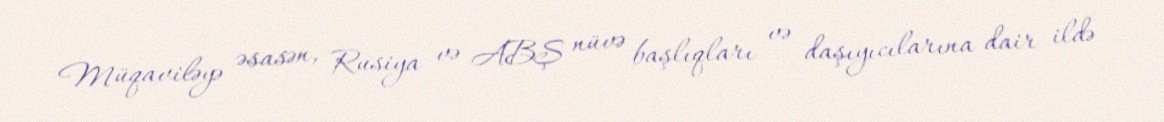
Müqaviləyə əsasən, Rusiya və ABŞ nüvə başlıqları və daşıyıcılarına dair ildə